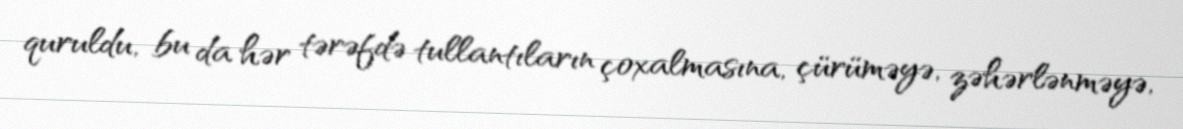
quruldu, bu da hər tərəfdə tullantıların çoxalmasına, çürüməyə, zəhərlənməyə,